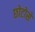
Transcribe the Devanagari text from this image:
छोटोसे